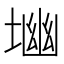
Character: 𱗎